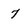
Character: 7